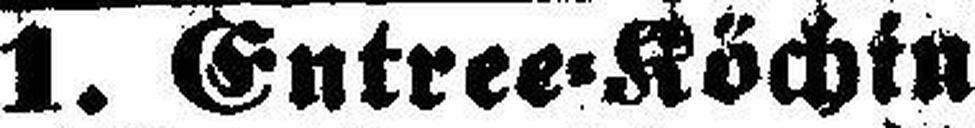
1. Entree=Köchin